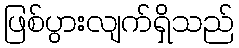
ဖြစ်ပွားလျက်ရှိသည်